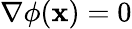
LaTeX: \nabla\phi(\mathbf{x})=0